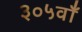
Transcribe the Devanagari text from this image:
३०५वाँ